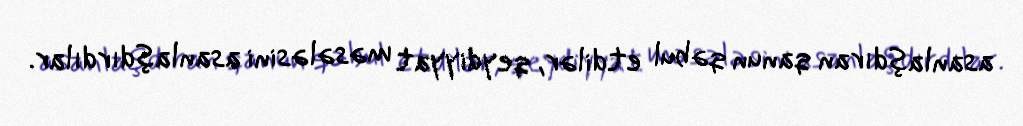
asanlaşdıran qanun qəbul etdilər, qeydiyyat məsələsini asanlaşdırdılar.